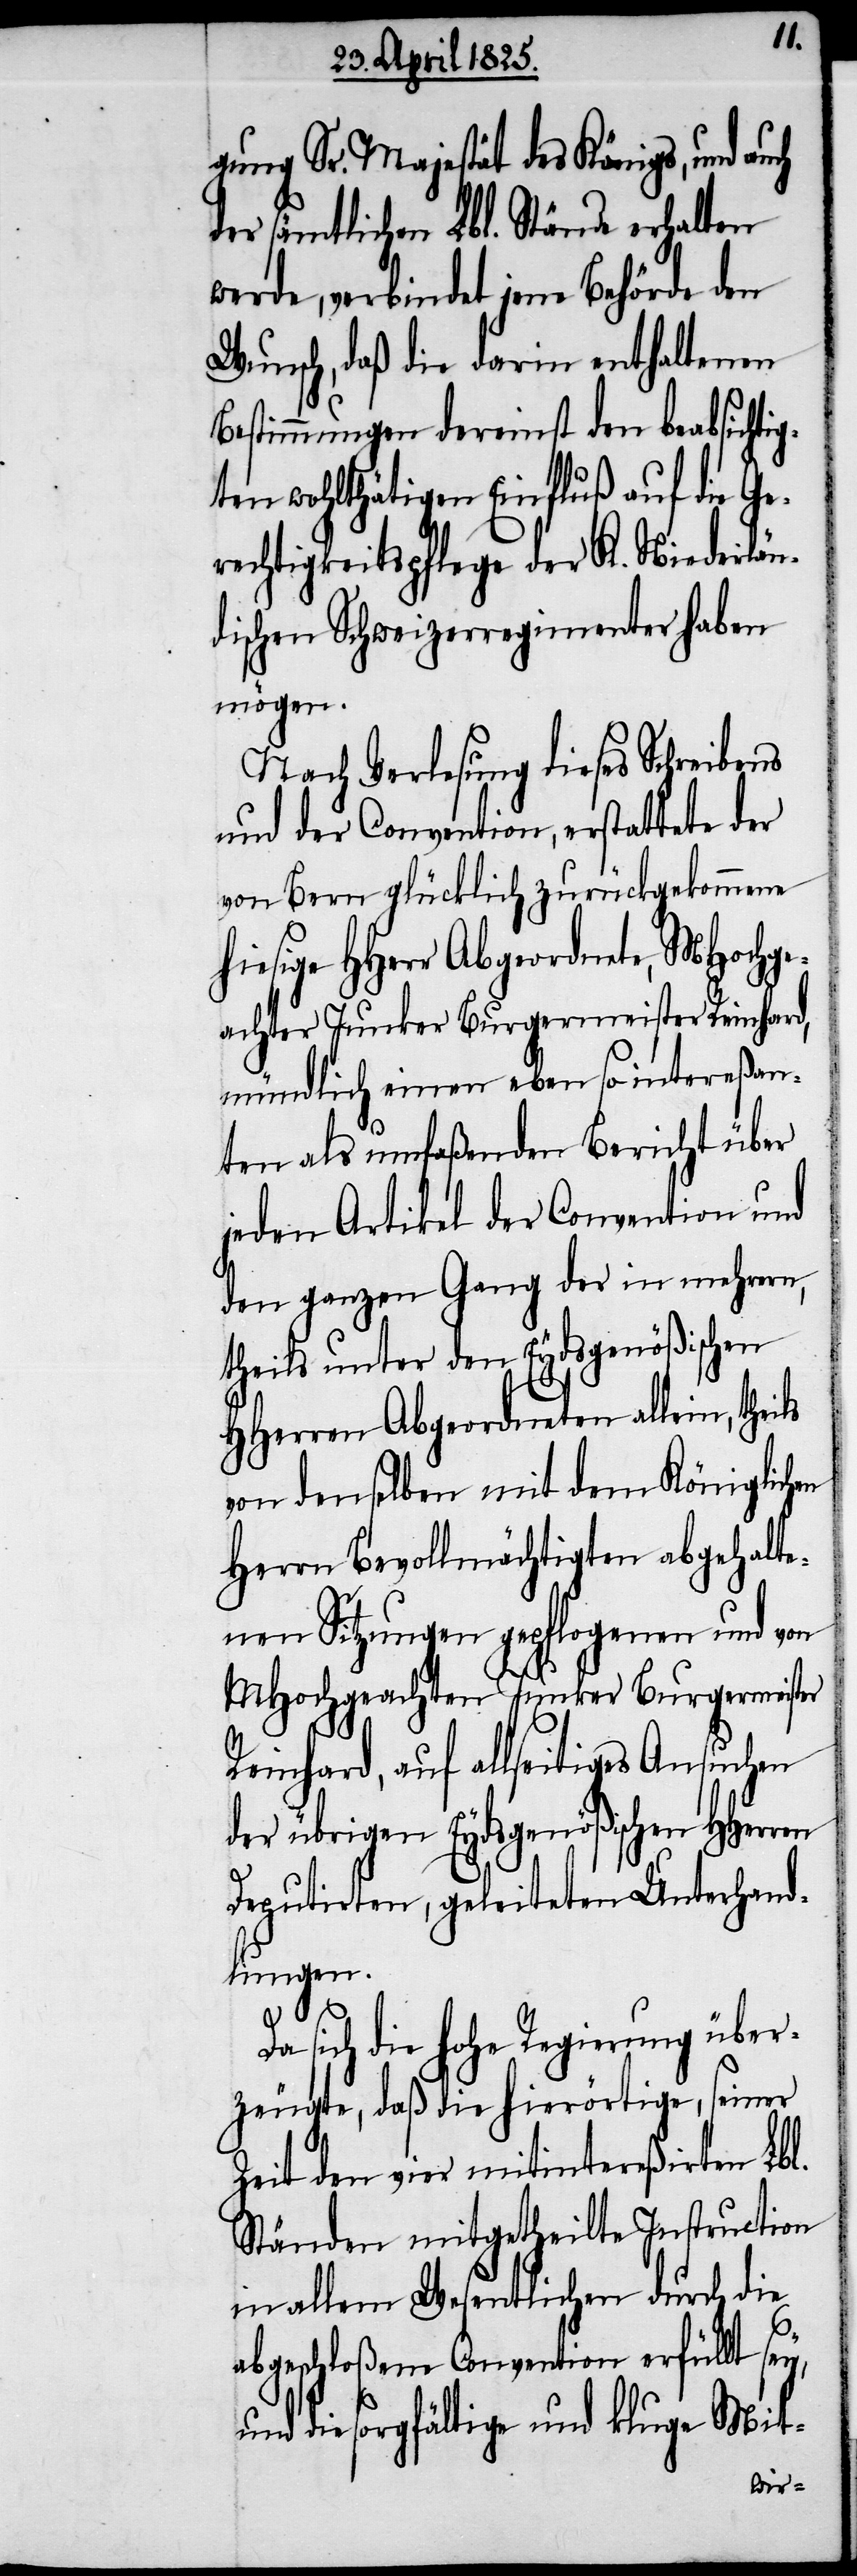
gung Sr. Majestät des Königs, und
der sämtlichen Lbl. Stände erhalten
werde, verbindet jene Behörde den
Wunsch, daß die darin enthaltenen
Bestimmungen dereinst den beabsichti¬
gten wohlthätigen Einfluß auf die Ge¬
rechtigkeitspflege der K. Niederlän¬
dischen Schweizerregimenter haben
mögen.
Nach Verlesung dieses Schreibens
und der Convention, erstattete der
von Bern glücklich zurückgekommene
hiesige HHerr Abgeordnete, MHochge¬
achter Junker Burgermeister Reinhard,
mündlich einen eben so intereßan¬
ten als umfaßenden Bericht über
jeden Artikel der Convention und
den ganzen Gang der in mehrern,
theils unter den Eydsgenößischen
HHerren Abgeordneten allein,
von denselben mit dem Königlichen
Herrn Bevollmächtigten abgehalt¬
enen Sitzungen gepflogenen und von
MHochgeachten Junker Burgermei¬
Reinhard, auf allseitiges Ansuchen
der übrigen Eydsgenößischen HHerren
Deputirten, geleiteten Unterhand¬
lungen.
y,
sich die hohe Regierung über¬
zeugte, daß die hierörtige, seiner
Zeit den vier mitintereßirten Lbl.
Ständen mitgetheilte Instruction
in allem Wesentlichen durch die
abgeschloßene Convention erfüllt se¬
und die sorgfältige und kluge Mit-

ster